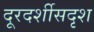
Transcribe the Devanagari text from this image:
दूरदर्शीसदृश